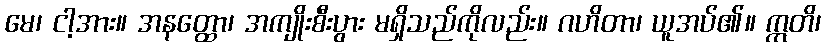
မေ၊ ငါ့အား။ အနတ္ထော၊ အကျိုးစီးပွား မရှိသည်ကိုလည်း။ ဂဟိတာ၊ ယူအပ်၏။ ဣတိ၊